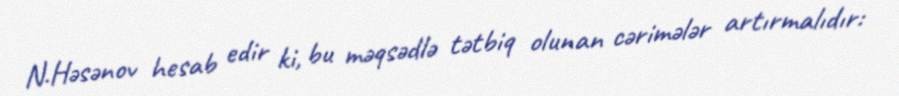
N.Həsənov hesab edir ki, bu məqsədlə tətbiq olunan cərimələr artırmalıdır: